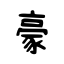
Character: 豪